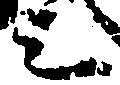
之